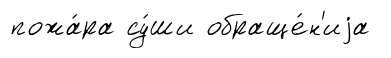
пожа́ра су́ши обраще́н'иjа